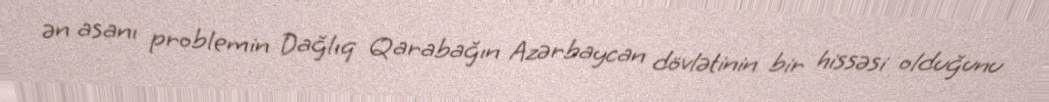
ən asanı problemin Dağlıq Qarabağın Azərbaycan dövlətinin bir hissəsi olduğunu